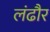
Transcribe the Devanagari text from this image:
लंढौर